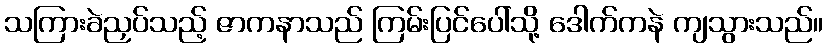
သကြားခဲညှပ်သည့် ဇာကနာသည် ကြမ်းပြင်ပေါ်သို့ ဒေါက်ကနဲ ကျသွားသည်။